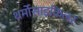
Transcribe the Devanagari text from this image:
थर्मोसाइकिलर